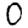
Digit: 0